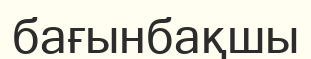
бағынбақшы